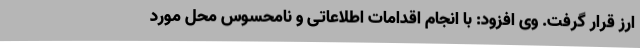
ارز قرار گرفت. وی افزود: با انجام اقدامات اطلاعاتی و نامحسوس محل مورد